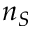
n _ { S }